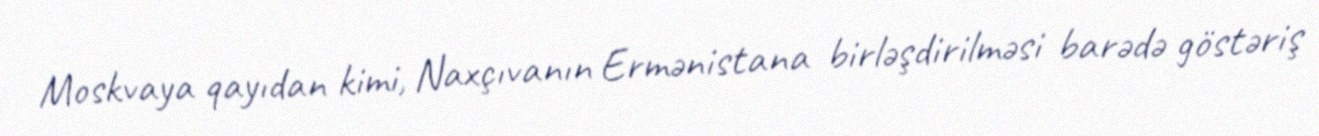
Moskvaya qayıdan kimi, Naxçıvanın Ermənistana birləşdirilməsi barədə göstəriş